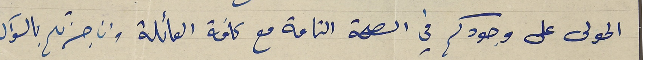
المولى على وجودكم في الصحة التامة مع كافة العائلة وان جزتم بالسوآل